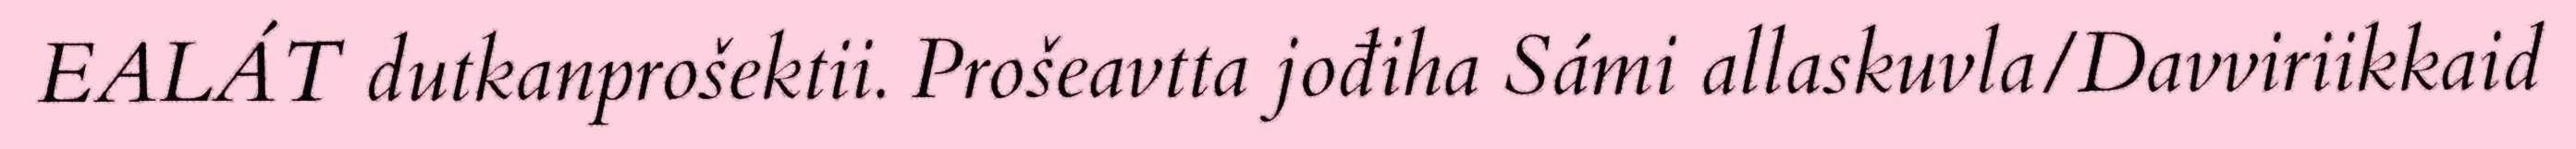
EALÁT dutkanprošektii. Prošeavtta jođiha Sámi allaskuvla/Davviriikkaid